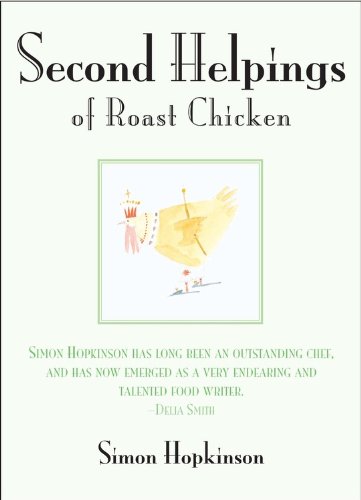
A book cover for Second Helpings of Roast Chicken; Simon Hopkinson; Cookbooks, Food & Wine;